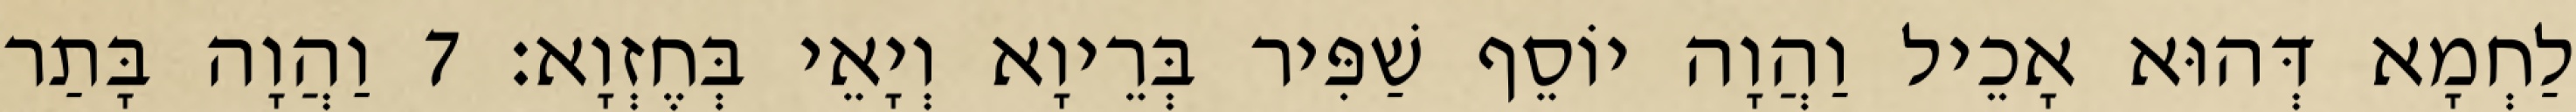
לַחְמָא דְּהוּא אָכֵיל וַהֲוָה יוֹסֵף שַׁפִּיר בְּרֵיוָא וְיָאֵי בְּחֶזְוָא׃ 7 וַהֲוָה בָּתַר